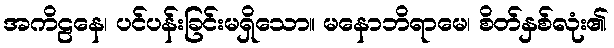
အကိဠနေ၊ ပင်ပန်းခြင်းမရှိသော။ မနောဘိရာမေ၊ စိတ်နှစ်လုံး၏